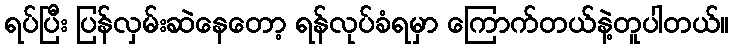
ရပ်ပြီး ပြန်လှမ်းဆဲနေတော့ ရန်လုပ်ခံရမှာ ကြောက်တယ်နဲ့တူပါတယ်။